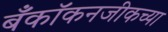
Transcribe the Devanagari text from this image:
बँकॉकनजीकच्या